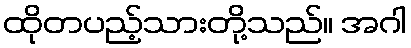
ထိုတပည့်သားတို့သည်။ အဂါ